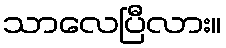
သာလေပြီလား။